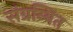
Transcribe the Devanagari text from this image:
संग्रन्थित